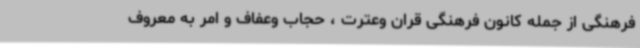
فرهنگی از جمله کانون فرهنگی قران وعترت ، حجاب وعفاف و امر به معروف